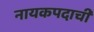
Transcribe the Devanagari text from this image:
नायकपदाची